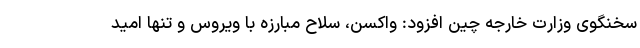
سخنگوی وزارت خارجه چین افزود: واکسن، سلاح مبارزه با ویروس و تنها امید